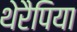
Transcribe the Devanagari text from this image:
थेरैपिया